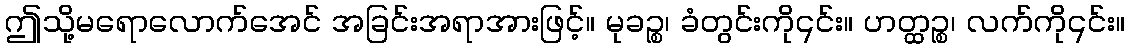
ဤသို့မရောလောက်အေင် အခြင်းအရာအားဖြင့်။ မုခဉ္စ၊ ခံတွင်းကို၎င်း။ ဟတ္ထဉ္စ၊ လက်ကို၎င်း။